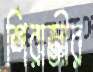
শিরাজীর